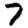
Digit: 7